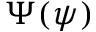
\Psi ( \psi )